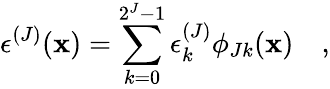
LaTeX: \epsilon^{(J)}(\mathbf{x})=\sum_{k=0}^{2^{J}-1}\epsilon_{k}^{(J)}\phi_{Jk}(\mathbf{x})\quad,